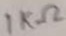
Text: 1KΩ